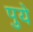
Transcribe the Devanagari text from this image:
पुये